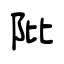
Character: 阰